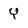
Character: Y